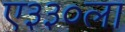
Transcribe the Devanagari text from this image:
ए३३०ला